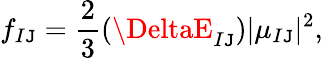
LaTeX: f_{I\mathtt{J}}=\frac{{2}}{{3}}(\DeltaE_{I\mathtt{J}})|\mu_{I\mathtt{J}}|^{2},